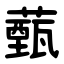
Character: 薽